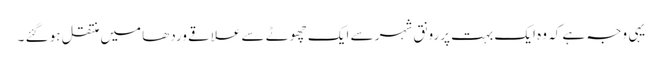
یہی وجہ ہے کہ وہ ایک بہت پررونق شہر سے ایک چھوٹے سے علاقے وردھا میں منتقل ہو گئے ۔